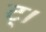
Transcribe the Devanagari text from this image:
ट्।